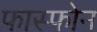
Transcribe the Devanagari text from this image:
फास्फोन